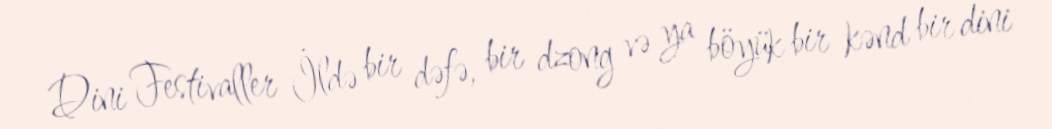
Dini Festivaller İldə bir dəfə, bir dzong və ya böyük bir kənd bir dini